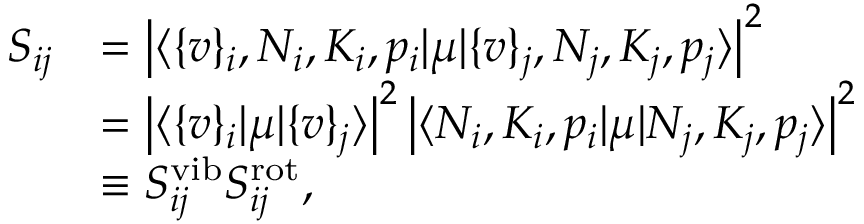
\begin{array} { r l } { S _ { i j } } & { = \left\lvert \langle \{ v \} _ { i } , N _ { i } , K _ { i } , p _ { i } \lvert \mu \lvert \{ v \} _ { j } , N _ { j } , K _ { j } , p _ { j } \rangle \right\lvert ^ { 2 } } \\ & { = \left\lvert \langle \{ v \} _ { i } \lvert \mu \lvert \{ v \} _ { j } \rangle \right\lvert ^ { 2 } \left\lvert \langle N _ { i } , K _ { i } , p _ { i } \lvert \mu \lvert N _ { j } , K _ { j } , p _ { j } \rangle \right\lvert ^ { 2 } } \\ & { \equiv S _ { i j } ^ { \mathrm { v i b } } S _ { i j } ^ { \mathrm { r o t } } , } \end{array}